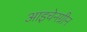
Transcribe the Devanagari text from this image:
आइचेनग्रीन